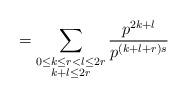
LaTeX: \begin{align*}= \sum_{\substack{0 \leq k \leq r < l \leq 2r \\ k+l \leq 2r}} \frac{p^{2k+l}}{p^{(k+l+r)s}}\end{align*}